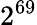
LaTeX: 2^{69}